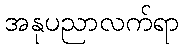
အနုပညာလက်ရာ